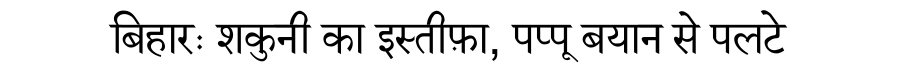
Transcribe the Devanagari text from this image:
बिहारः शकुनी का इस्तीफ़ा, पप्पू बयान से पलटे